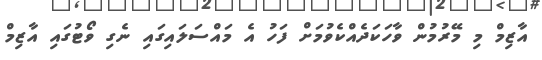
އާޒިމް މި މޭރުމުން ވާހަކަދެއްކެވުމަށް ފަހު އެ މައްސަލައިގައި ނެގި ވޯޓުގައި އާޒިމް